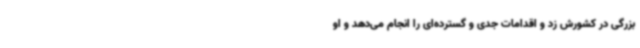
بزرگی در کشورش زد و اقدامات جدی و گسترده‌ای را انجام می‌دهد و او